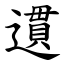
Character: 遦